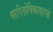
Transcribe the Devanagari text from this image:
पारितोषिकासारखे